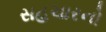
સહચારનો